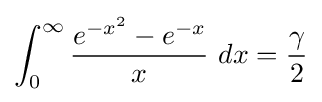
\int _{0}^{\infty }{\frac {e^{-x^{2}}-e^{-x}}{x}}\ dx={\frac {\gamma }{2}}